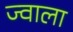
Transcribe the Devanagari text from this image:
ज्‍वाला